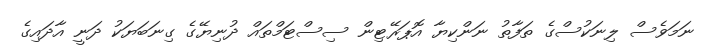
ނަމަވެސް ލިނަކުސްގެ ތަފާތު ނަންކިޔާ އޮޕަރޭޓިން ސިސްޓަމްތައް ދުނިޔޭގެ ގިނަބަޔަކު ދަނީ އާދައިގެ